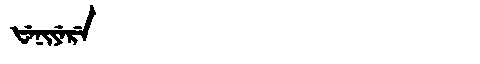
Manchu: ᡶᡝᠨᡳᠶᡝᡵᡝ
Romanization: FENIYERE